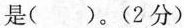
是()。(2分)